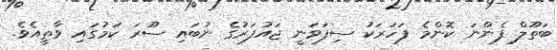
ބަތޫލް ފެންނަ ކޮންމެ ފަހަރަކު ސިފަވަނީ ޖައުފަރުގެ ނުބައި ސޫރަ ކަމުގައި ވާތީއެވެ.